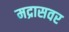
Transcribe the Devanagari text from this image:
मद्रासवर